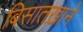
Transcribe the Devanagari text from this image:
बिसातख़ाने